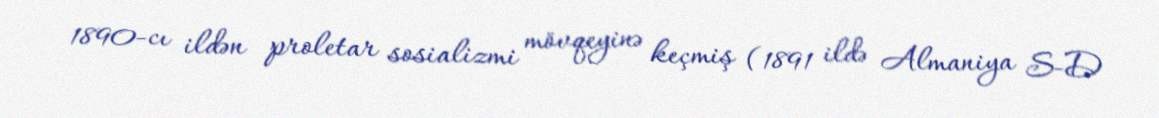
1890-cı ildən proletar sosializmi mövqeyinə keçmiş (1891 ildə Almaniya S-D